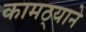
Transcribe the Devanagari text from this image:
कामठ्याने